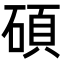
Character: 碩